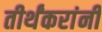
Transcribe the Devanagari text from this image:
तीर्थंकरांनी